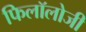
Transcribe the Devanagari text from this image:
फिलॉलोजी